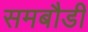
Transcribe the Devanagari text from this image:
समबौडी